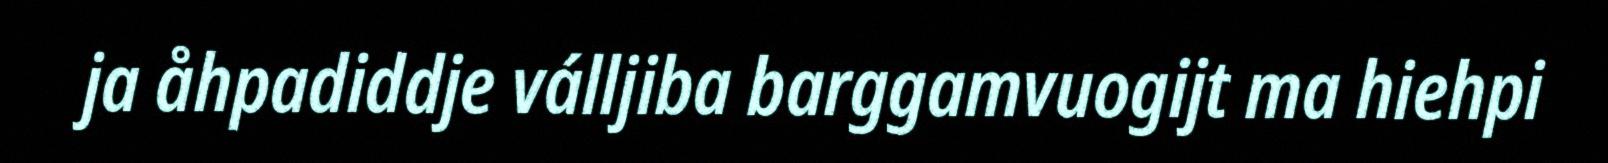
ja åhpadiddje válljiba barggamvuogijt ma hiehpi